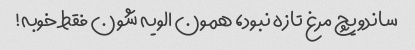
ساندویچ مرغ تازه نبود، همون الویه شون فقط خوبه!